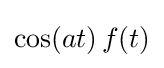
\cos(at)\,f(t)